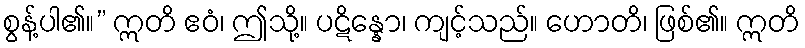
စွန့်ပါ၏။” ဣတိ ဧဝံ၊ ဤသို့။ ပဋိန္နော၊ ကျင့်သည်။ ဟောတိ၊ ဖြစ်၏။ ဣတိ